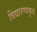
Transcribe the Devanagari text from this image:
विद्यारण्यकृत